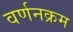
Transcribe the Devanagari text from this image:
वर्णनक्रम